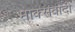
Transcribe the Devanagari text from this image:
माक्सवादी